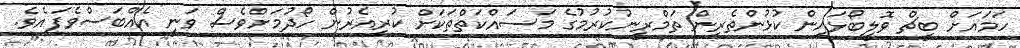
ހަމައަށް ބީޗް ވޮލީބޯޅައިން ކުޅުންތެރިން ތަމްރީނުކުރުމުގެ މަސައްކަތްތަކަށް ކުރިއެރުން ހޯދުމަށްވެސް ވަނީ އެއްބަސްވެފައެވެ.